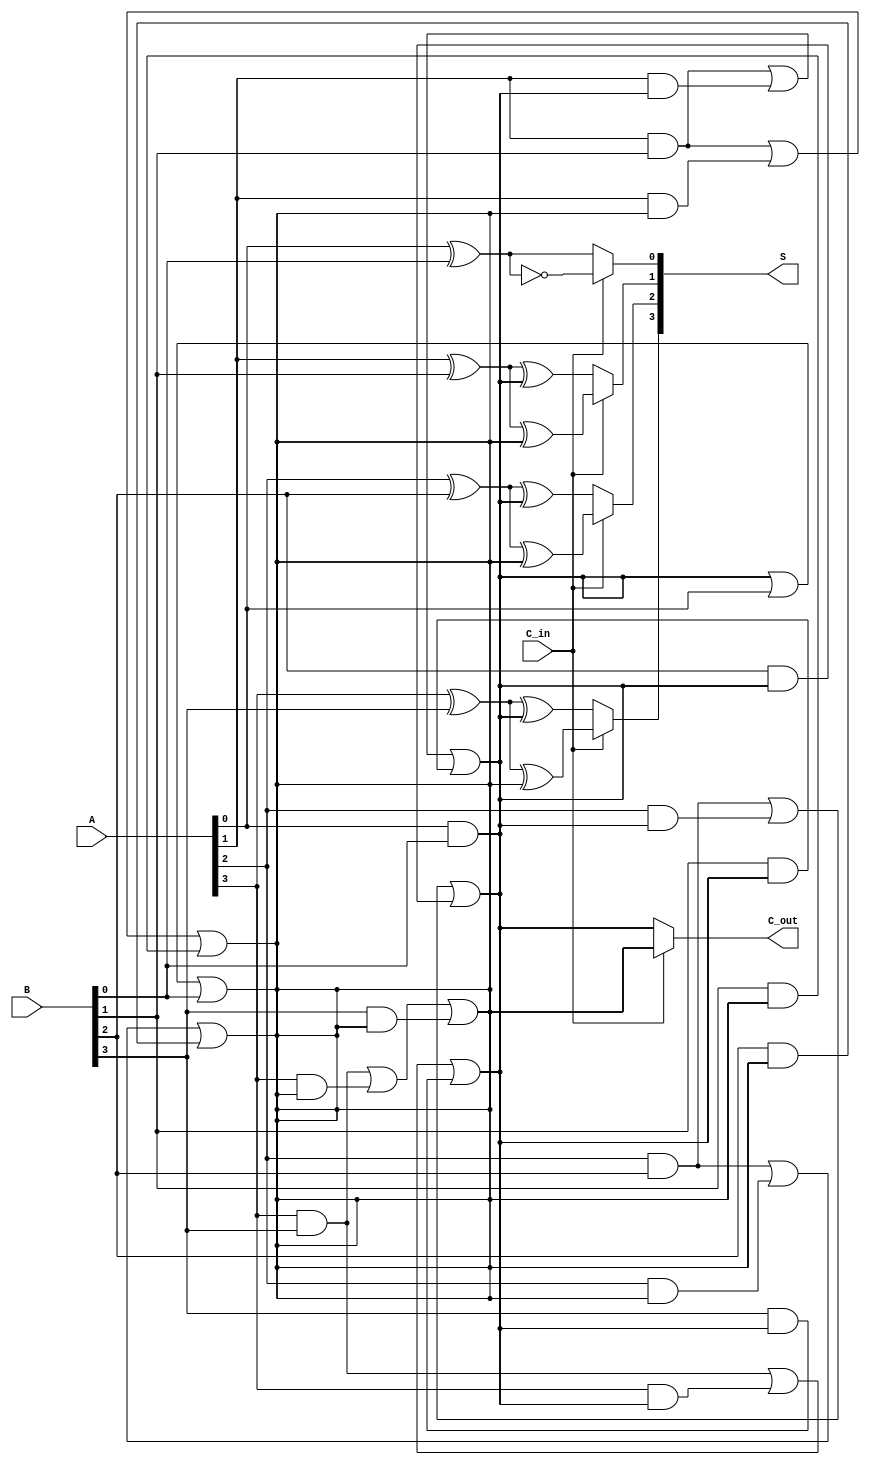
module CarrySelectAdder (
    input [3:0] A,      // 4-bit input A
    input [3:0] B,      // 4-bit input B
    input C_in,         // Carry input
    output [4:0] S,     // 5-bit output (4-bit sum + carry out)
    output C_out        // Carry output
);

    wire [4:0] sum0, sum1;  // Sums for carry-in 0 and 1
    wire c0, c1;            // Carry outputs for carry-in 0 and 1

    // Full adder logic for carry-in = 0
    assign sum0[0] = A[0] ^ B[0] ^ 0;
    assign c0 = (A[0] & B[0]) | (A[0] & 0) | (B[0] & 0);
    
    assign sum0[1] = A[1] ^ B[1] ^ c0;
    assign c0 = (A[1] & B[1]) | (A[1] & c0) | (B[1] & c0);
    
    assign sum0[2] = A[2] ^ B[2] ^ c0;
    assign c0 = (A[2] & B[2]) | (A[2] & c0) | (B[2] & c0);
    
    assign sum0[3] = A[3] ^ B[3] ^ c0;
    assign c0 = (A[3] & B[3]) | (A[3] & c0) | (B[3] & c0);
    
    // Full adder logic for carry-in = 1
    assign sum1[0] = A[0] ^ B[0] ^ 1;
    assign c1 = (A[0] & B[0]) | (A[0] & 1) | (B[0] & 1);
    
    assign sum1[1] = A[1] ^ B[1] ^ c1;
    assign c1 = (A[1] & B[1]) | (A[1] & c1) | (B[1] & c1);
    
    assign sum1[2] = A[2] ^ B[2] ^ c1;
    assign c1 = (A[2] & B[2]) | (A[2] & c1) | (B[2] & c1);
    
    assign sum1[3] = A[3] ^ B[3] ^ c1;
    assign c1 = (A[3] & B[3]) | (A[3] & c1) | (B[3] & c1);

    // MUX to select the correct sum based on the carry input
    assign S[0] = (C_in) ? sum1[0] : sum0[0];
    assign S[1] = (C_in) ? sum1[1] : sum0[1];
    assign S[2] = (C_in) ? sum1[2] : sum0[2];
    assign S[3] = (C_in) ? sum1[3] : sum0[3];

    // Carry out for the entire adder
    assign C_out = (C_in) ? c1 : c0;

endmodule